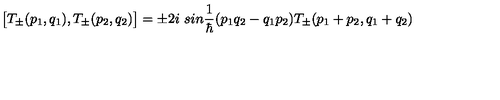
\bigl [ T _ { \pm } ( p _ { 1 } , q _ { 1 } ) , T _ { \pm } ( p _ { 2 } , q _ { 2 } ) \bigr ] = \pm 2 i \ s i n \frac { 1 } { \hbar } ( p _ { 1 } q _ { 2 } - q _ { 1 } p _ { 2 } ) T _ { \pm } ( p _ { 1 } + p _ { 2 } , q _ { 1 } + q _ { 2 } )